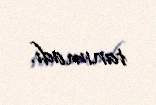
tanımadı.